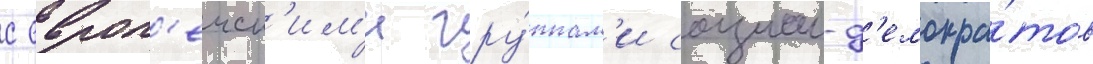
с европ'еиск'им'и гру́ппам'и социал-д'емокра́тов